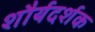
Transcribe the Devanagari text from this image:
शौर्यदर्शक